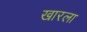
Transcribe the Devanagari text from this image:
खारला